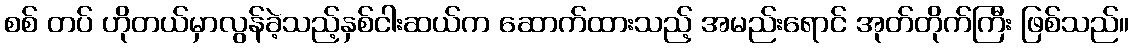
စစ် တပ် ဟိုတယ်မှာလွန်ခဲ့သည့်နှစ်ငါးဆယ်က ဆောက်ထားသည့် အမည်းရောင် အုတ်တိုက်ကြီး ဖြစ်သည်။